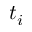
t _ { i }